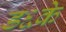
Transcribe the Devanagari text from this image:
ड६के